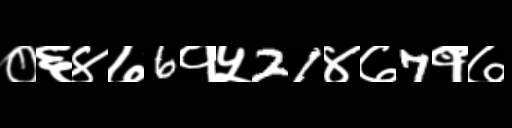
Text: ०६४७6१५21४७7१७